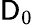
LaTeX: \mathsf{D}_{0}